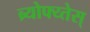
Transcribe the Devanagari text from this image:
ब्र्योफ्य्तेस्